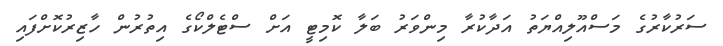
ސަރުކާރުގެ މަސްއޫލިއްޔަތު އަދާކުރާ މިންވަރު ބަލާ ކޮމިޓީ އަށް ސްޓެލްކޯގެ އިތުރުން ހާޒިރުކޮށްފައި